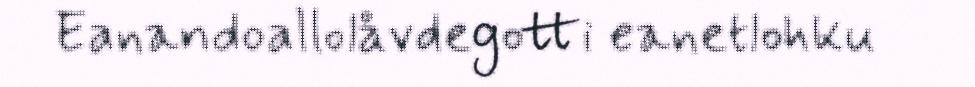
Eanandoallolåvdegotti eanetlohku